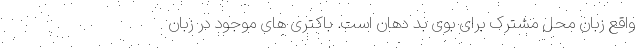
واقع زبان محل مشترک برای بوی بد دهان است. باکتری های موجود در زبان